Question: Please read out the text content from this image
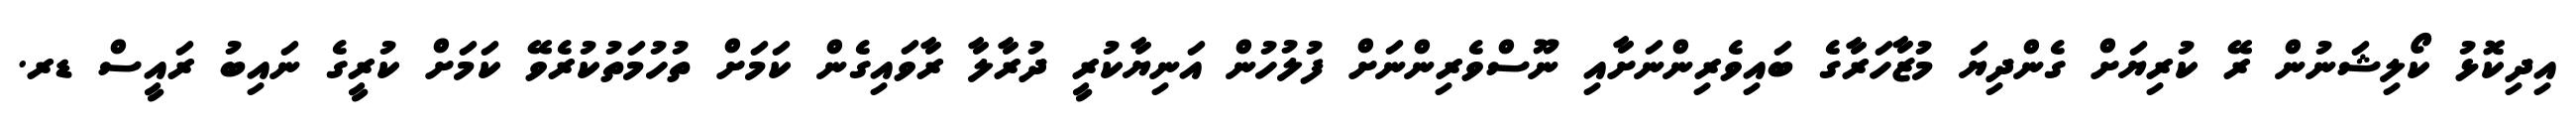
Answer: އިދިކޮޅު ކޯލިޝަނުން ރޭ ކުރިޔަށް ގެންދިޔަ މުޒާހަރާގެ ބައިވެރިންނަށާއި ނޫސްވެރިންނަށް ފުލުހުން އަނިޔާކުރީ ދުރާލާ ރާވައިގެން ކަމަށް ތުހުމަތުކުރެވޭ ކަމަށް ކުރީގެ ނައިބު ރައީސް ޑރ.